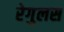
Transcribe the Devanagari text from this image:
रेगुलस